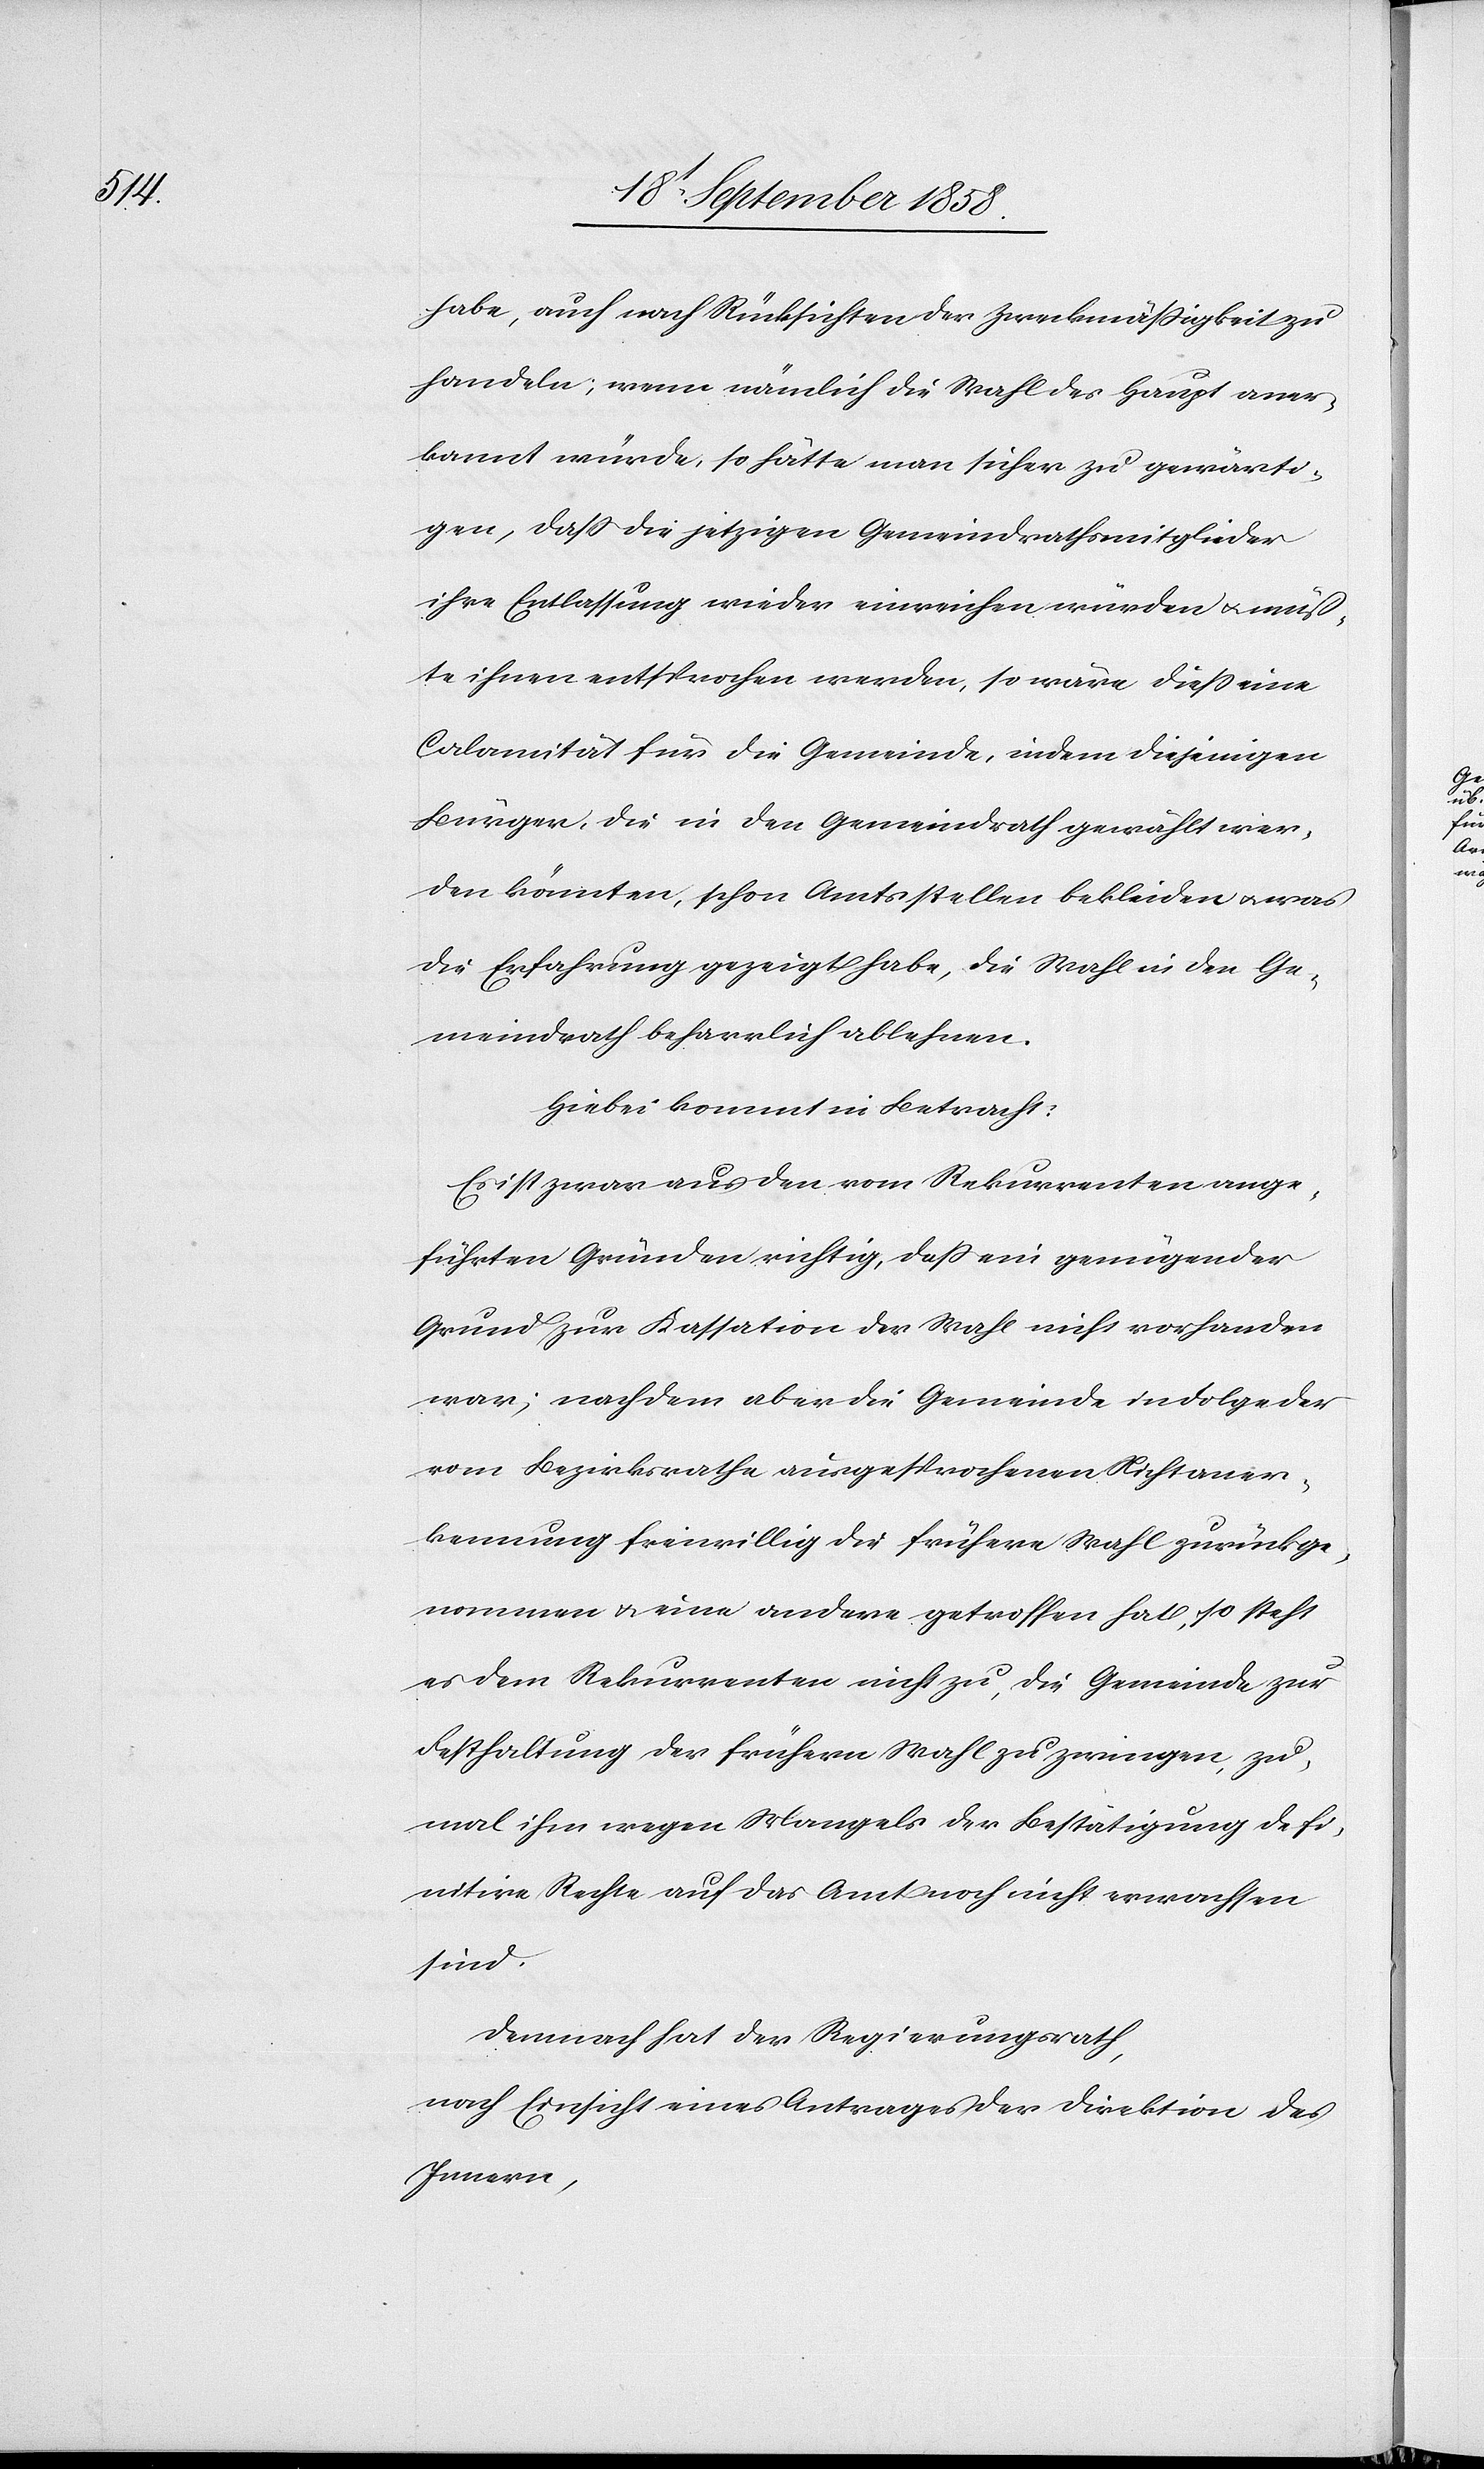
habe, auch nach Rücksichten der Zweckmässigkeit zu
handeln; wenn nämlich die Wahl des Haupt aner¬
kannt würde, so hätte man sicher zu gewärti¬
gen, dass die jetzigen Gemeindrathsmitglieder
ihre Entlassung wieder einreichen würden & müß¬
te ihnen entsprochen werden, so wäre diess eine
Calamität für die Gemeinde, indem diejenigen
Bürger, die in den Gemeindrath gewählt wer¬
den könnten, schon Amtsstellen bekleiden & was
die Erfahrung gezeigt habe, die Wahl in den Ge¬
meindrath beharrlich ablehnen.
Hiebei kommt in Betracht:
Es ist zwar aus den vom Rekurrenten ange¬
führten Gründen richtig, dass ein genügender
Grund zur Kassation der Wahl nicht vorhanden
war; nachdem aber die Gemeinde in Folge der
vom Bezirksrathe ausgesprochenen Nichtaner¬
kennung freiwillig die frühere Wahl zurückge¬
nommen & eine andere getroffen hat, so steht
es dem Rekurrenten nicht zu, die Gemeinde zur
Festhaltung der frühern Wahl zu zwingen, zu¬
mal ihm wegen Mangels der Bestätigung defi¬
nitive Rechte auf das Amt noch nicht erwachsen
sind.
Demnach hat der Regierungsrath,
nach Einsicht eines Antrages der Direktion des
Innern,